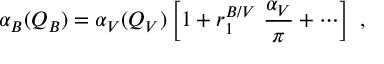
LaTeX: \alpha _ { B } ( Q _ { B } ) = \alpha _ { V } ( Q _ { V } ) \left[ 1 + r _ { 1 } ^ { B / V } \ { \frac { \alpha _ { V } } { \pi } } + \cdots \right] \ ,